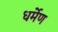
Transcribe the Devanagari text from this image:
धर्मेण